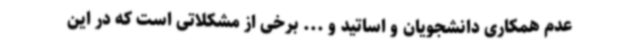
عدم همکاری دانشجویان و اساتید و ... برخی از مشکلاتی است که در این